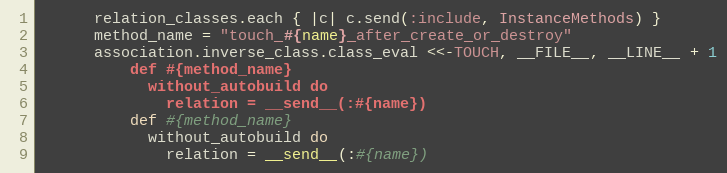
Language: Ruby
      relation_classes.each { |c| c.send(:include, InstanceMethods) }
      method_name = "touch_#{name}_after_create_or_destroy"
      association.inverse_class.class_eval <<-TOUCH, __FILE__, __LINE__ + 1
          def #{method_name}
            without_autobuild do
              relation = __send__(:#{name})